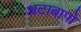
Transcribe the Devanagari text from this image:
अटाबापो